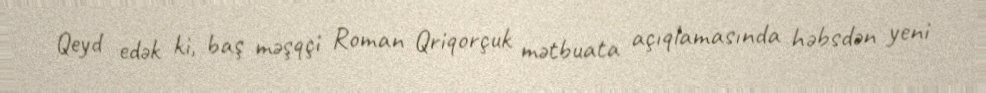
Qeyd edək ki, baş məşqçi Roman Qriqorçuk mətbuata açıqlamasında həbsdən yeni